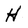
Character: H